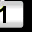
Digit: 1